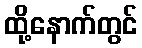
ထို့နောက်တွင်